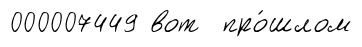
000007449 вот про́шлом